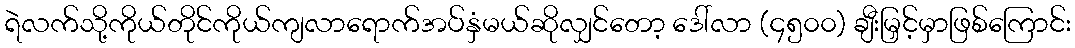
ရဲလက်သို့ကိုယ်တိုင်ကိုယ်ကျလာရောက်အပ်နှံမယ်ဆိုလျှင်တော့ ဒေါ်လာ (၄၅၀၀) ချီးမြှင့်မှာဖြစ်ကြောင်း